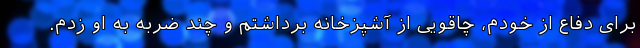
برای دفاع از خودم، چاقویی از آشپزخانه برداشتم و چند ضربه به او زدم.